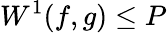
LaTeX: W^{1}(f,g)\leq P